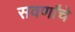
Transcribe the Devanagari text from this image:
सवर्णांचे